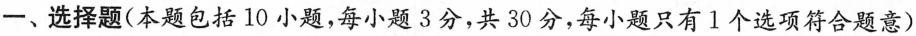
一、选择题(本题包括10小题，每小题3分，共30分，每小题只有1个选项符合题意)